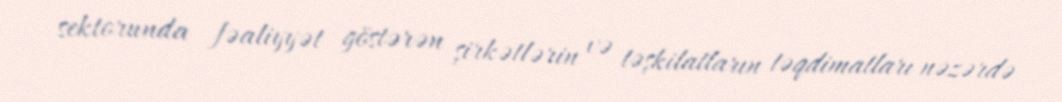
sektorunda fəaliyyət göstərən şirkətlərin və təşkilatların təqdimatları nəzərdə